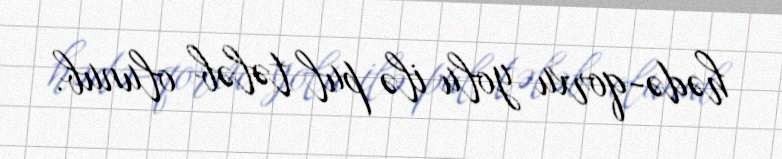
hədə-qorxu yolu ilə pul tələb olunub.